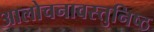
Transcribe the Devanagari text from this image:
आलोचनावस्तुनिष्ठ